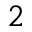
^ 2